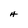
Character: H